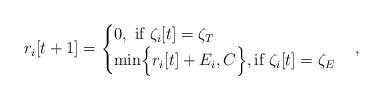
LaTeX: \begin{align*}r_i[t+1]=\begin{cases}0,~\textrm{if}~\zeta_i[t]=\zeta_T\\\textrm{min}\Big\{r_i[t]+E_i, C\Big\}, \textrm{if}~\zeta_i[t]=\zeta_E\\\end{cases},\end{align*}